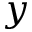
y